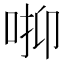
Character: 𠳑